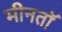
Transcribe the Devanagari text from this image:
मीनतॉ